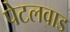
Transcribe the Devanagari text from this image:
पेटलवाड